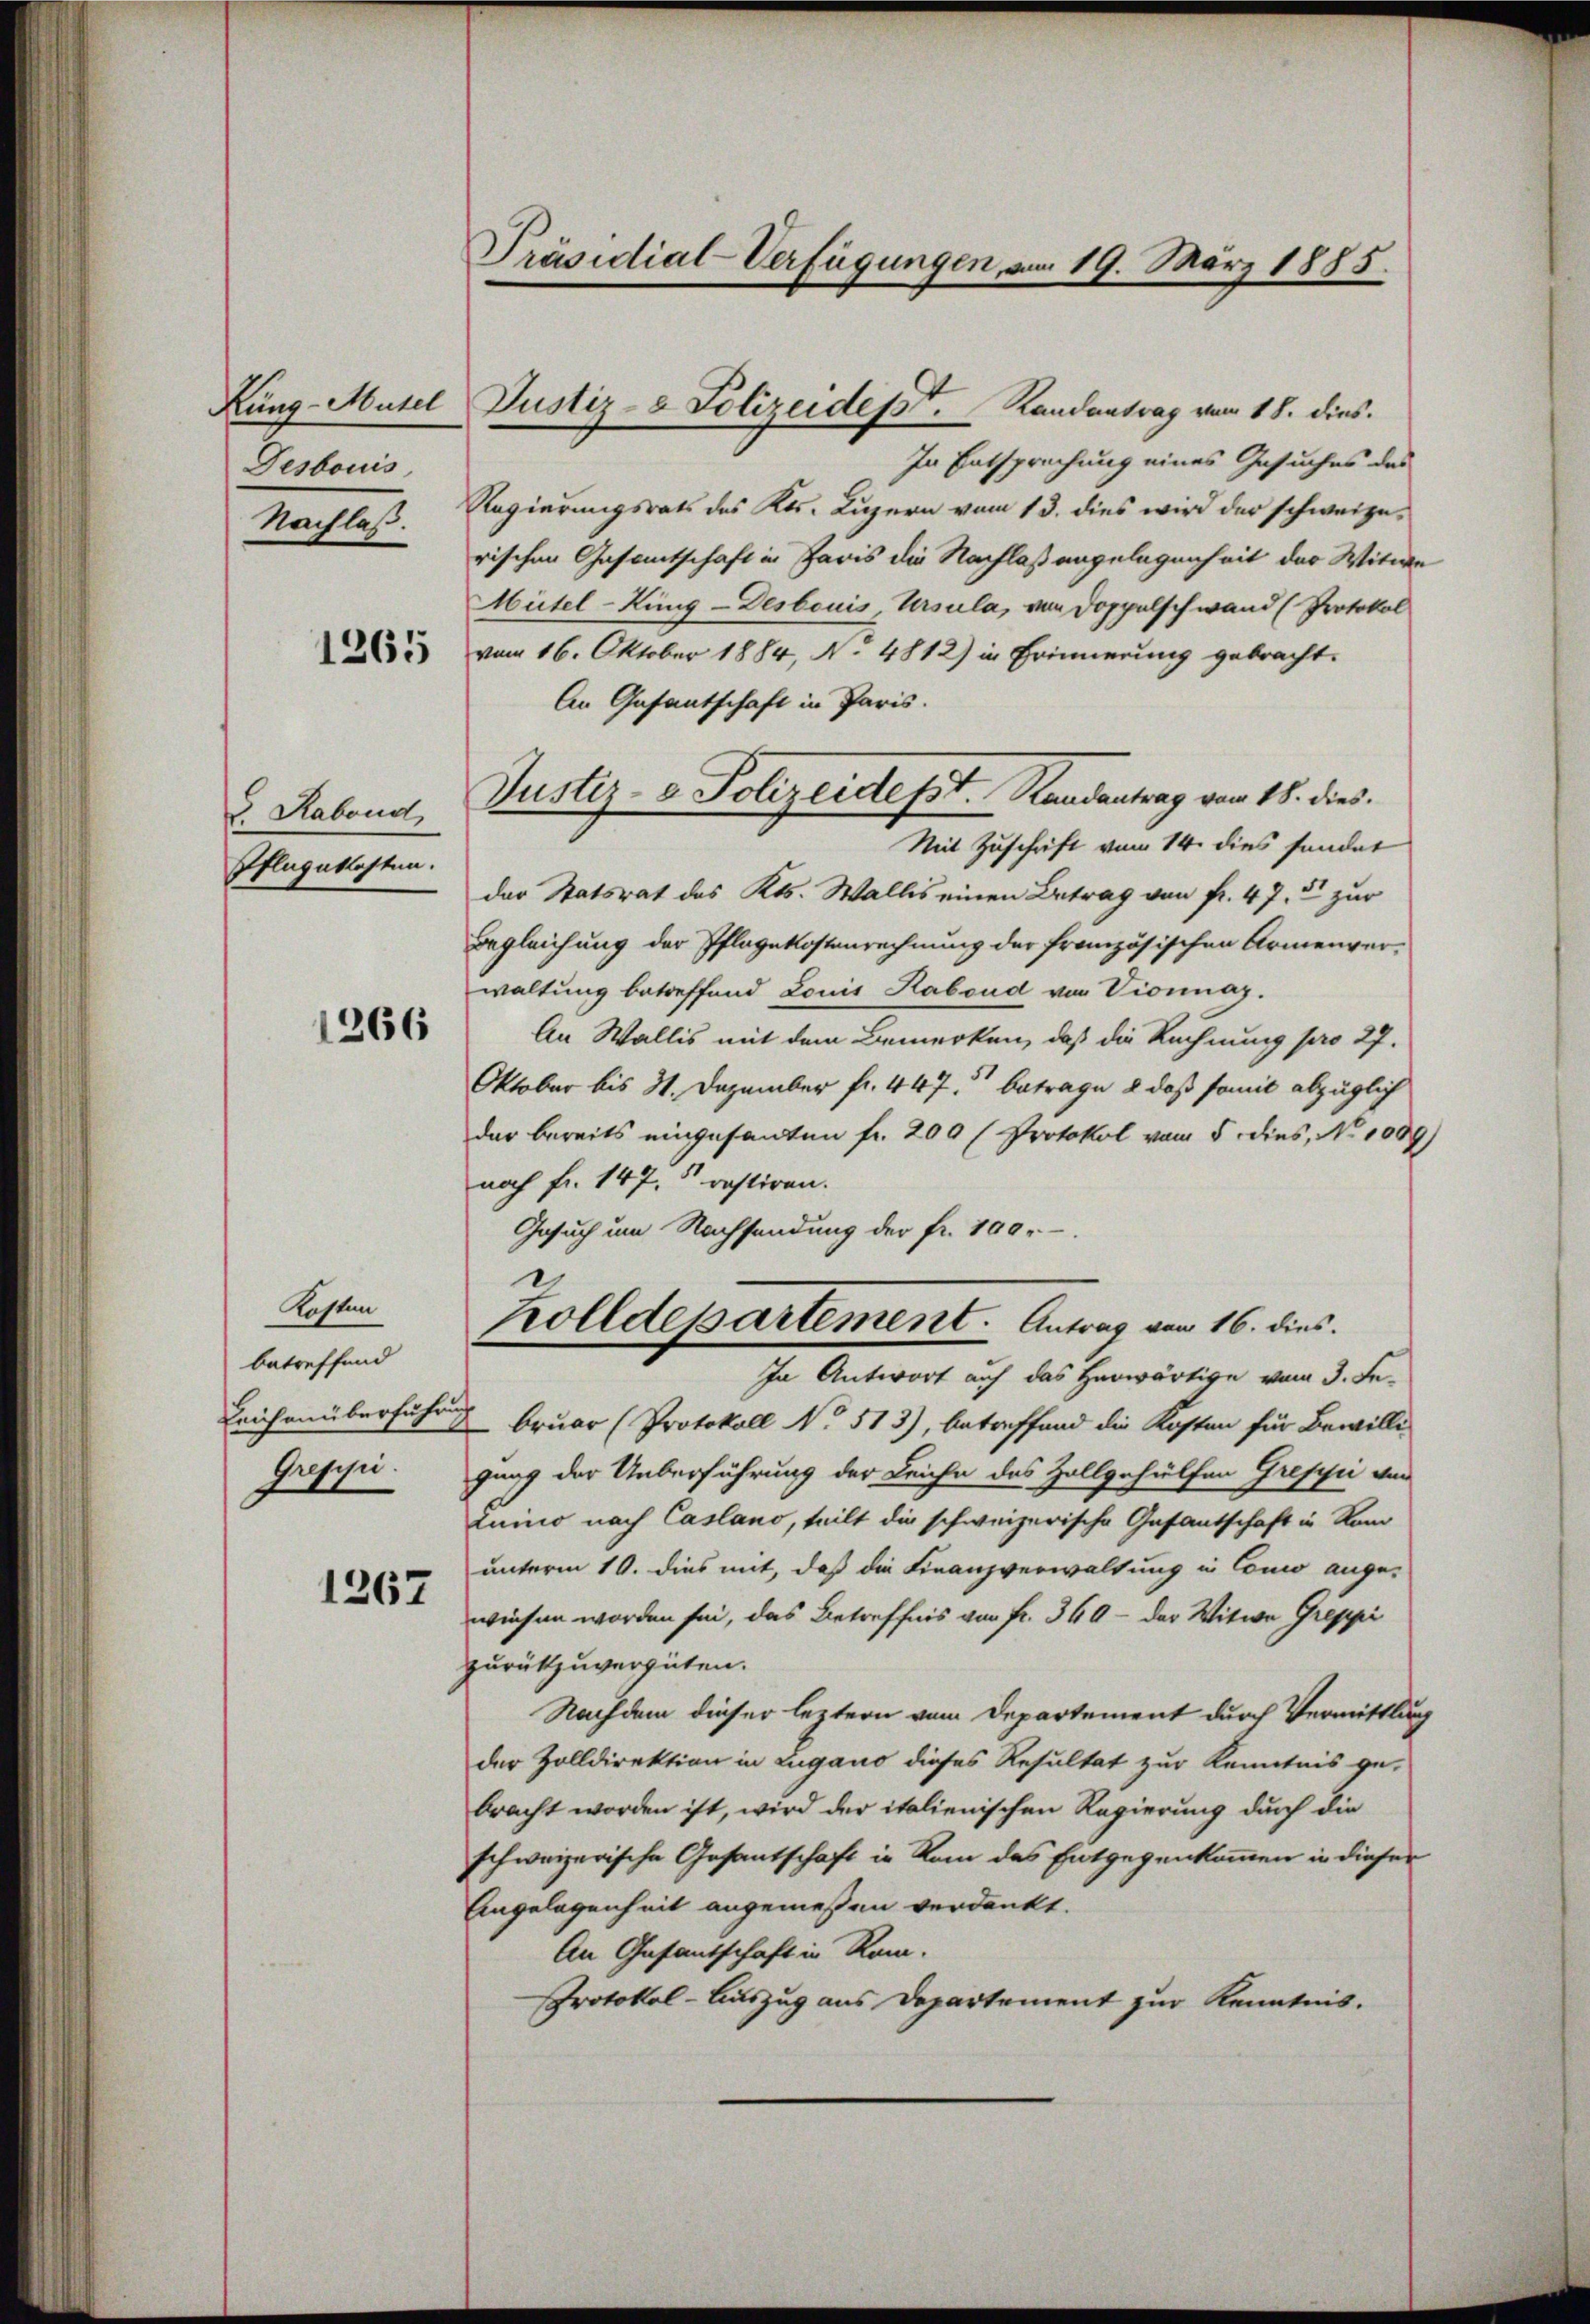
Kung-Mutel
Desbouis
Nachlaß.

2. Rabend,
Pflegekosten.

1266

Kosten
betreffend
Gresisii.

1267

Präsidial-Verfügungen, vom 19. März 1885.

In Entsprechung eines Gesuches des
Regierungsrats des Kts. Luzern vom 13. dies wird der schweizerischen Gesamtschaft in Paris die Nachlaßangelegenheit des Witwe
Mütel-Kung-Desbouis, Ursula, von Doppelschwand (Protokol
 vom 16. Oktober 1884, No 4812) in Erinnerung gebracht.
An Gefantschaft in Paris.
Mit Zuschrift vom 14. dies sondet
der Statsrat des Kts. Wallis einen Betrag von fr. 47. 5 zur
Begleichung der Pflagekostenrechnung der französischen Armenverwaltung betreffend Louis Rabend von Vionnaz.
An Wallis mit dem Bemerken, daß die Rechnung pro 27.
Oktober bis 31. Dezember fr. 447. betrage & daß somit abzüglich
dar bereits eingesandten fr. 200 (Protokol vom 5. dies, No 1089)
noch fr. 147. 5. restiren.
Gesuch um Nachsendung der fr. 100.-
Zolldepartement. Antrag vom 16. dies.
In Antwort auf das Herwärtige vom 3. Fe¬
Leichenüberführ bruar (Protokoll No 513), betreffend die Kosten für Bewilligung der Ueberführung der Leiche des Zollgehülfen Grefici von
Luino nach Casano, teilt die schweizerische Gasantschaft in Nam
unterm 10. dies mit, daß die Finanzverwaltung in Como ange-
wiesen worden sei, das Betreffnis von Fr. 360 - der Witwe Greppi
zurükzuvergüten.
Nachdem dieser leztern vom Departement durch Vermittlung
der Zolldirektion in Lugano dieses Resultat zur Kenntnis ge-
bracht worden ist, wird der italienischen Regierung durch die
schweizerische Gesantschaft in Rom des Entgegenkommen in dieser
Angelegenheit angemeßen verdankt.
An Gasantschaft in Rom.
Protokol-Auszug aus Departement zur Kenntnis.

Justiz- & Polizeidest. Randantrag vom 18. dies.

Justiz- & Polizeidesst. Randantrag von 18. dies